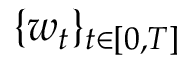
\{ w _ { t } \} _ { t \in [ 0 , T ] }